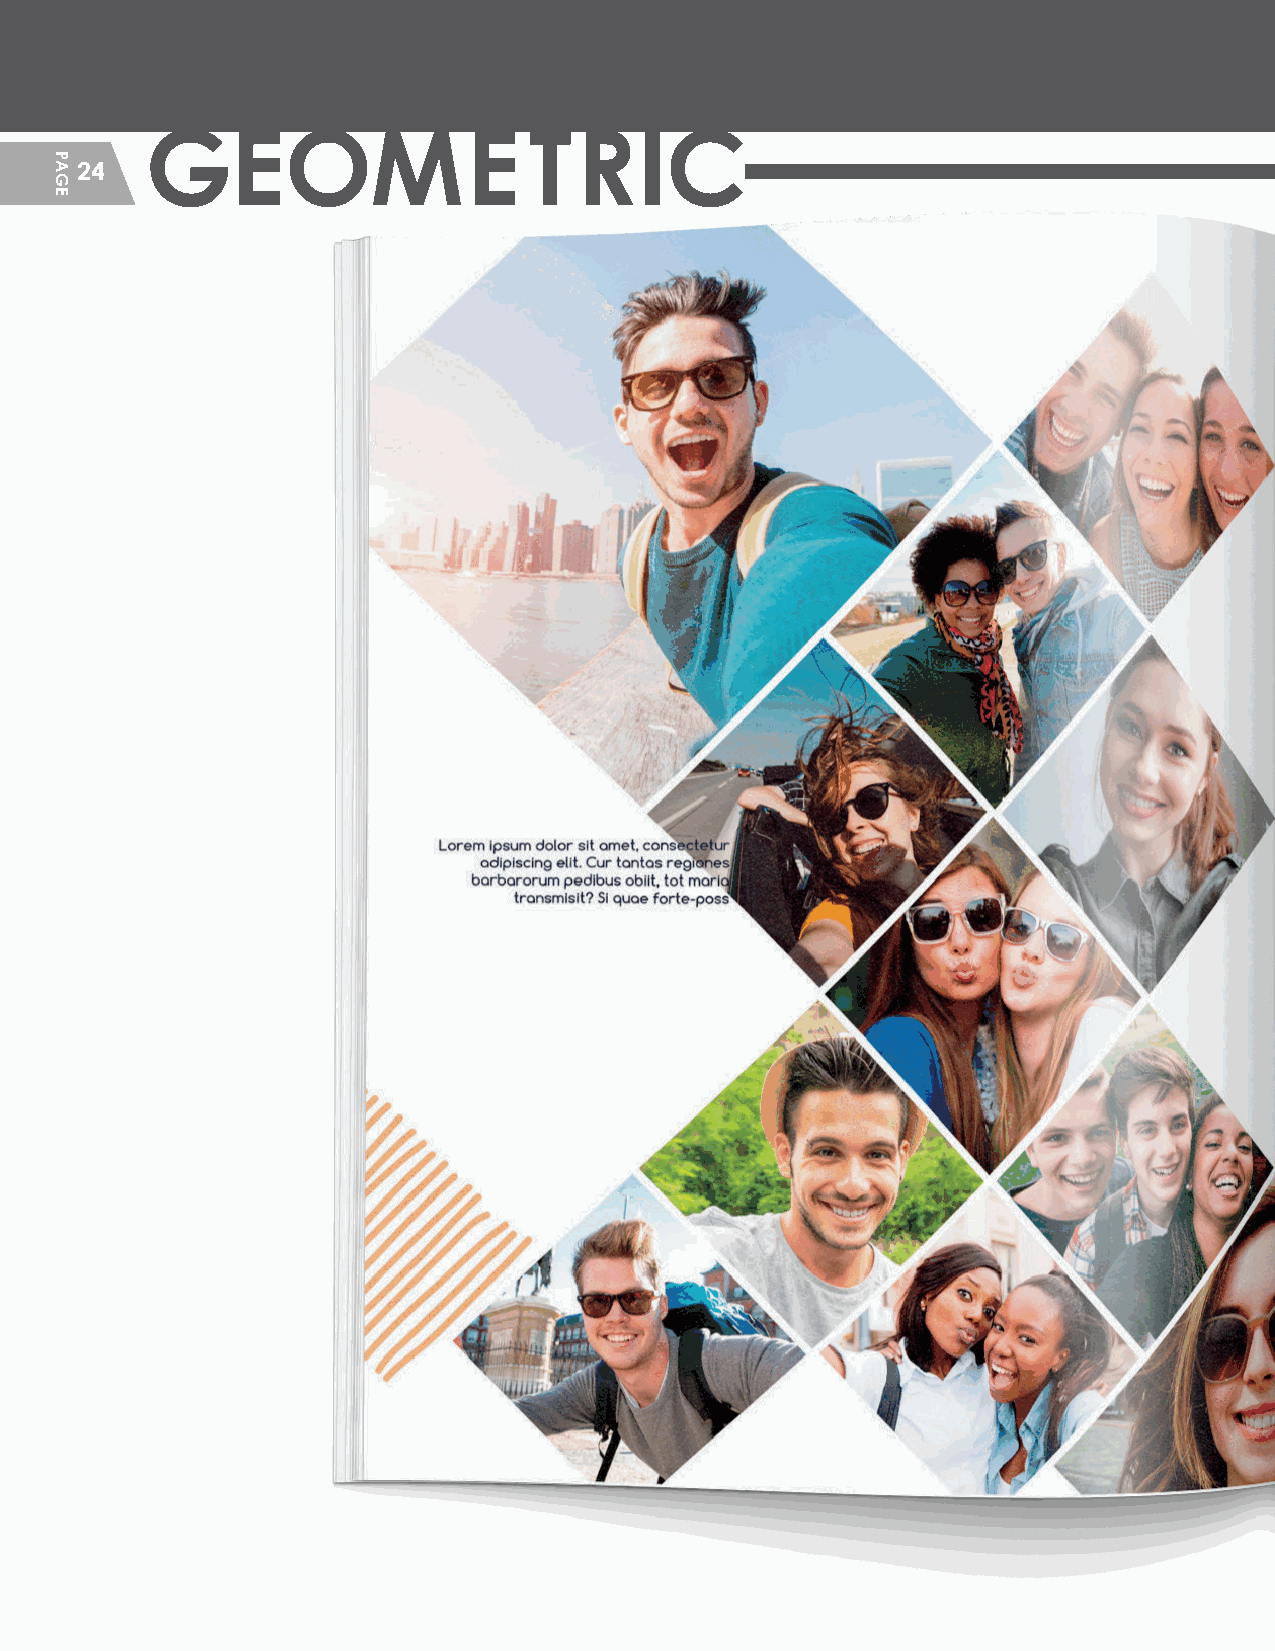
GEOME                    TRIC
 24
 HHSS__CCrreeaattiivvee__GGuuiiddeePPFF__MMSS..iinndddd 2244                 22//55//2200 1122::1133 PPMM
 PAGE